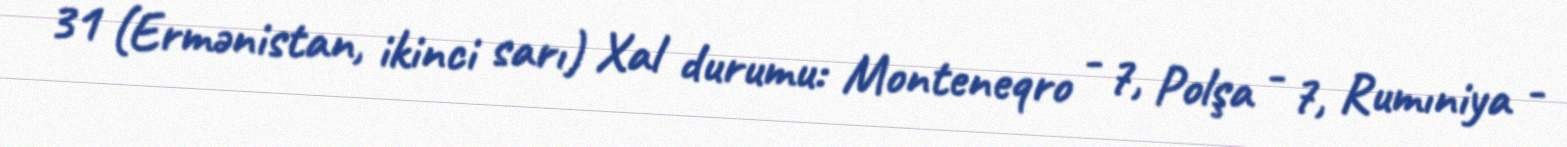
31 (Ermənistan, ikinci sarı) Xal durumu: Monteneqro - 7, Polşa - 7, Rumıniya -